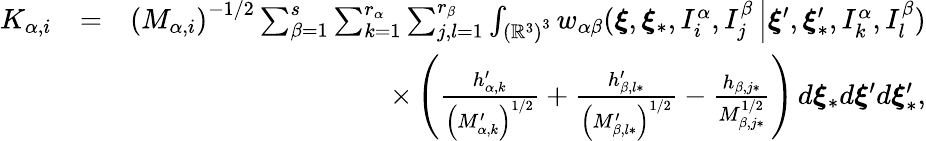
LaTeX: \begin{array}{rlr}{K_{\alpha,i}}&{=}&{\left(M_{\alpha,i}\right)^{-1/2}\sum_{\beta=1}^{s}\sum_{k=1}^{r_{\alpha}}\sum_{j,l=1}^{r_{\beta}}\int_{\left(\mathbb{R}^{3}\right)^{3}}w_{\alpha\beta}(\boldsymbol{\xi},\boldsymbol{\xi}_{\ast},I_{i}^{\alpha},I_{j}^{\beta}\left\vert\boldsymbol{\xi}^{\prime},\boldsymbol{\xi}_{\ast}^{\prime},I_{k}^{\alpha},I_{l}^{\beta}\right.)}\\ &{}&{\times\left(\frac{h_{\alpha,k}^{\prime}}{\left(M_{\alpha,k}^{\prime}\right)^{1/2}}+\frac{h_{\beta,l\ast}^{\prime}}{\left(M_{\beta,l\ast}^{\prime}\right)^{1/2}}-\frac{h_{\beta,j\ast}}{M_{\beta,j\ast}^{1/2}}\right)\, d\boldsymbol{\xi}_{\ast}d\boldsymbol{\xi}^{\prime}d\boldsymbol{\xi}_{\ast}^{\prime}\mathrm{,}}\end{array}